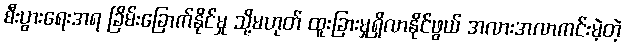
စီးပွားရေးအရ ခြိမ်းခြောက်နိုင်မှု သို့မဟုတ် ထူးခြားမှုရှိလာနိုင်ဖွယ် အလားအလာကင်းမဲ့တဲ့